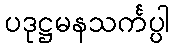
ပဒုဋ္ဌမနသင်္ကပ္ပါ